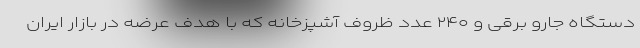
دستگاه جارو برقی و ۲۴۰ عدد ظروف آشپزخانه که با هدف عرضه در بازار ایران